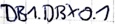
Text: DB1.DBX0.1